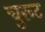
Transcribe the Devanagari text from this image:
चुरूट